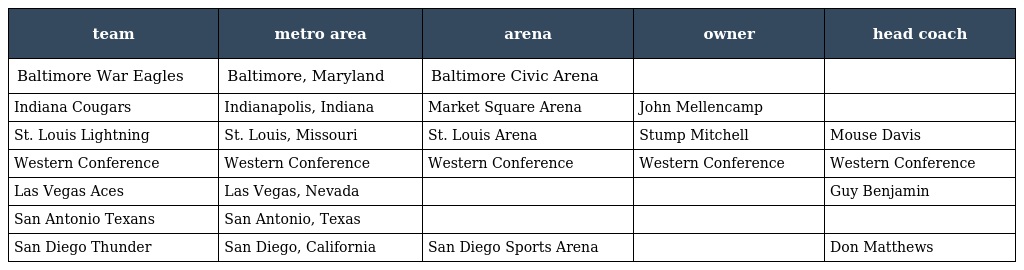
| team | metro area | arena | owner | head coach |
 | --- | --- | --- | --- | --- |
 | Baltimore War Eagles | Baltimore, Maryland | Baltimore Civic Arena |  |  |
 | Indiana Cougars | Indianapolis, Indiana | Market Square Arena | John Mellencamp |  |
 | St. Louis Lightning | St. Louis, Missouri | St. Louis Arena | Stump Mitchell | Mouse Davis |
 | Western Conference | Western Conference | Western Conference | Western Conference | Western Conference |
 | Las Vegas Aces | Las Vegas, Nevada |  |  | Guy Benjamin |
 | San Antonio Texans | San Antonio, Texas |  |  |  |
 | San Diego Thunder | San Diego, California | San Diego Sports Arena |  | Don Matthews |